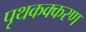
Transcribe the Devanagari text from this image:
पृथकक्करण